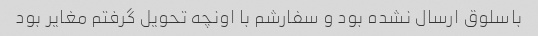
باسلوق ارسال نشده بود و سفارشم با اونچه تحویل گرفتم مغایر بود